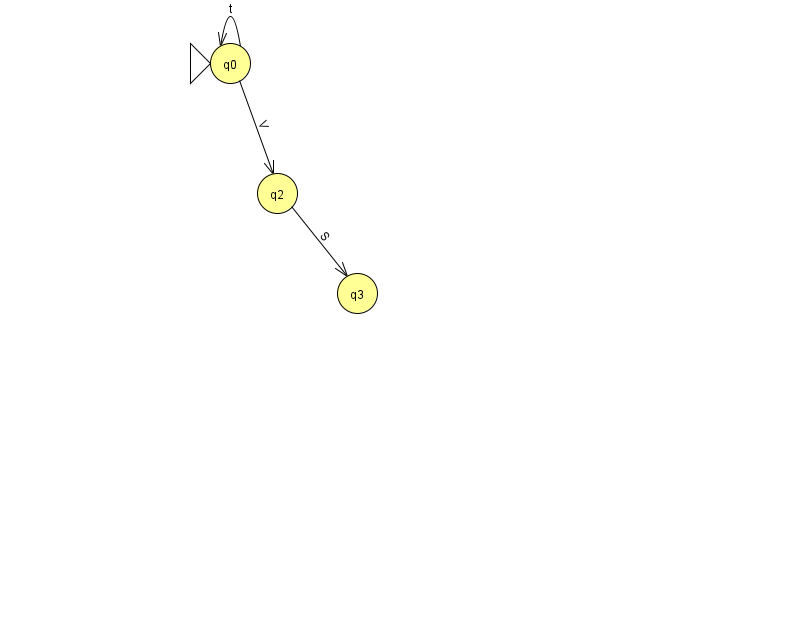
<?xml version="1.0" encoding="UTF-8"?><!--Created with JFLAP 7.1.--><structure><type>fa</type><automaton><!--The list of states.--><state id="0" name="q0"><x>230.0</x><y>50.0</y><initial/></state><state id="2" name="q2"><x>277.0</x><y>180.0</y></state><state id="3" name="q3"><x>357.0</x><y>280.0</y></state><!--The list of transitions.--><transition><from>0</from><to>0</to><read>t</read></transition><transition><from>2</from><to>3</to><read>S</read></transition><transition><from>0</from><to>2</to><read>V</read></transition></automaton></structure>